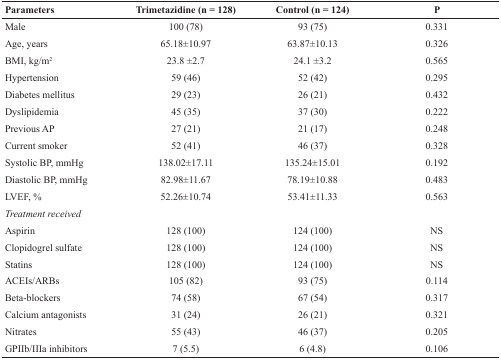
<table><thead><tr><td><b>Parameters</b></td><td><b>Trimetazidine (n = 128)</b></td><td><b>Control (n = 124)</b></td><td><b>P</b></td></tr></thead><tbody><tr><td>Male</td><td>100 (78)</td><td>93 (75)</td><td>0.331</td></tr><tr><td>Age, years</td><td>65.18±10.97</td><td>63.87±10.13</td><td>0.326</td></tr><tr><td>BMI, kg/m<sup>2</sup></td><td>23.8 ±2.7</td><td>24.1 ±3.2</td><td>0.565</td></tr><tr><td>Hypertension</td><td>59 (46)</td><td>52 (42)</td><td>0.295</td></tr><tr><td>Diabetes mellitus</td><td>29 (23)</td><td>26 (21)</td><td>0.432</td></tr><tr><td>Dyslipidemia</td><td>45 (35)</td><td>37 (30)</td><td>0.222</td></tr><tr><td>Previous AP</td><td>27 (21)</td><td>21 (17)</td><td>0.248</td></tr><tr><td>Current smoker</td><td>52 (41)</td><td>46 (37)</td><td>0.328</td></tr><tr><td>Systolic BP, mmHg</td><td>138.02±17.11</td><td>135.24±15.01</td><td>0.192</td></tr><tr><td>Diastolic BP, mmHg</td><td>82.98±11.67</td><td>78.19±10.88</td><td>0.483</td></tr><tr><td>LVEF, %</td><td>52.26±10.74</td><td>53.41±11.33</td><td>0.563</td></tr><tr><td><i>Treatment received</i></td><td></td><td></td><td></td></tr><tr><td>Aspirin</td><td>128 (100)</td><td>124 (100)</td><td>NS</td></tr><tr><td>Clopidogrel sulfate</td><td>128 (100)</td><td>124 (100)</td><td>NS</td></tr><tr><td>Statins</td><td>128 (100)</td><td>124 (100)</td><td>NS</td></tr><tr><td>ACEIs/ARBs</td><td>105 (82)</td><td>93 (75)</td><td>0.114</td></tr><tr><td>Beta-blockers</td><td>74 (58)</td><td>67 (54)</td><td>0.317</td></tr><tr><td>Calcium antagonists</td><td>31 (24)</td><td>26 (21)</td><td>0.321</td></tr><tr><td>Nitrates</td><td>55 (43)</td><td>46 (37)</td><td>0.205</td></tr><tr><td>GPIIb/IIIa inhibitors</td><td>7 (5.5)</td><td>6 (4.8)</td><td>0.106</td></tr></tbody></table>